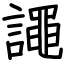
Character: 譝